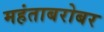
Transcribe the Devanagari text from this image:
महंताबरोबर